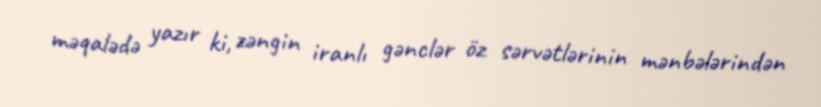
məqalədə yazır ki, zəngin iranlı gənclər öz sərvətlərinin mənbələrindən